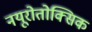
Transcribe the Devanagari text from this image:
नयूरोतोक्सिक